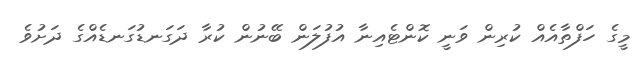
މީގެ ހަފްތާއެއް ކުރިން ވަނީ ކޮންޓެއިނާ އުފުލަން ބޭނުން ކުރާ ދަގަނޑުގަނޑެއްގެ ދަށުވެ